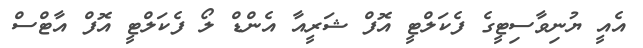
އެއީ ޔުނިވާސިޓީގެ ފެކަލްޓީ އޮފް ޝަރީއާ އެންޑް ލޯ ފެކަލްޓީ އޮފް އާޓްސް